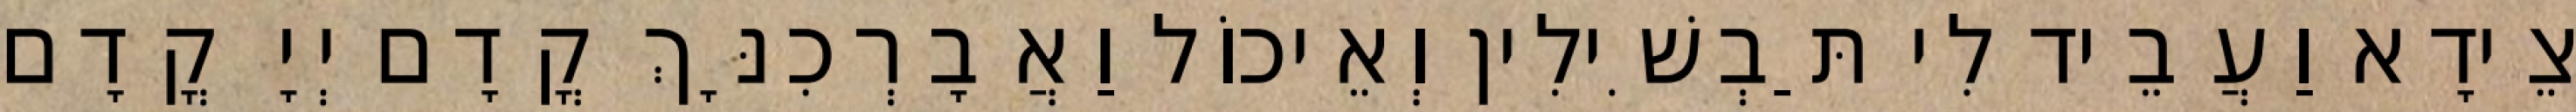
צֵידָא וַעֲבֵיד לִי תַּבְשִׁילִין וְאֵיכוֹל וַאֲבָרְכִנָּךְ קֳדָם יְיָ קֳדָם